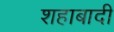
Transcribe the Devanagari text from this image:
शहाबादी